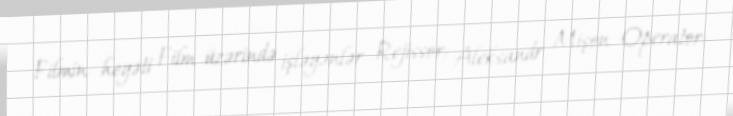
Filmin heyəti Film üzərində işləyənlər Rejissor: Aleksandr Mişon Operator: